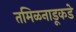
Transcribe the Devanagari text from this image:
तमिळनाडूकडे